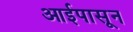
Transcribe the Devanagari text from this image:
आईपासून